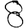
Digit: 8